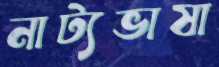
নাট্যভাষা